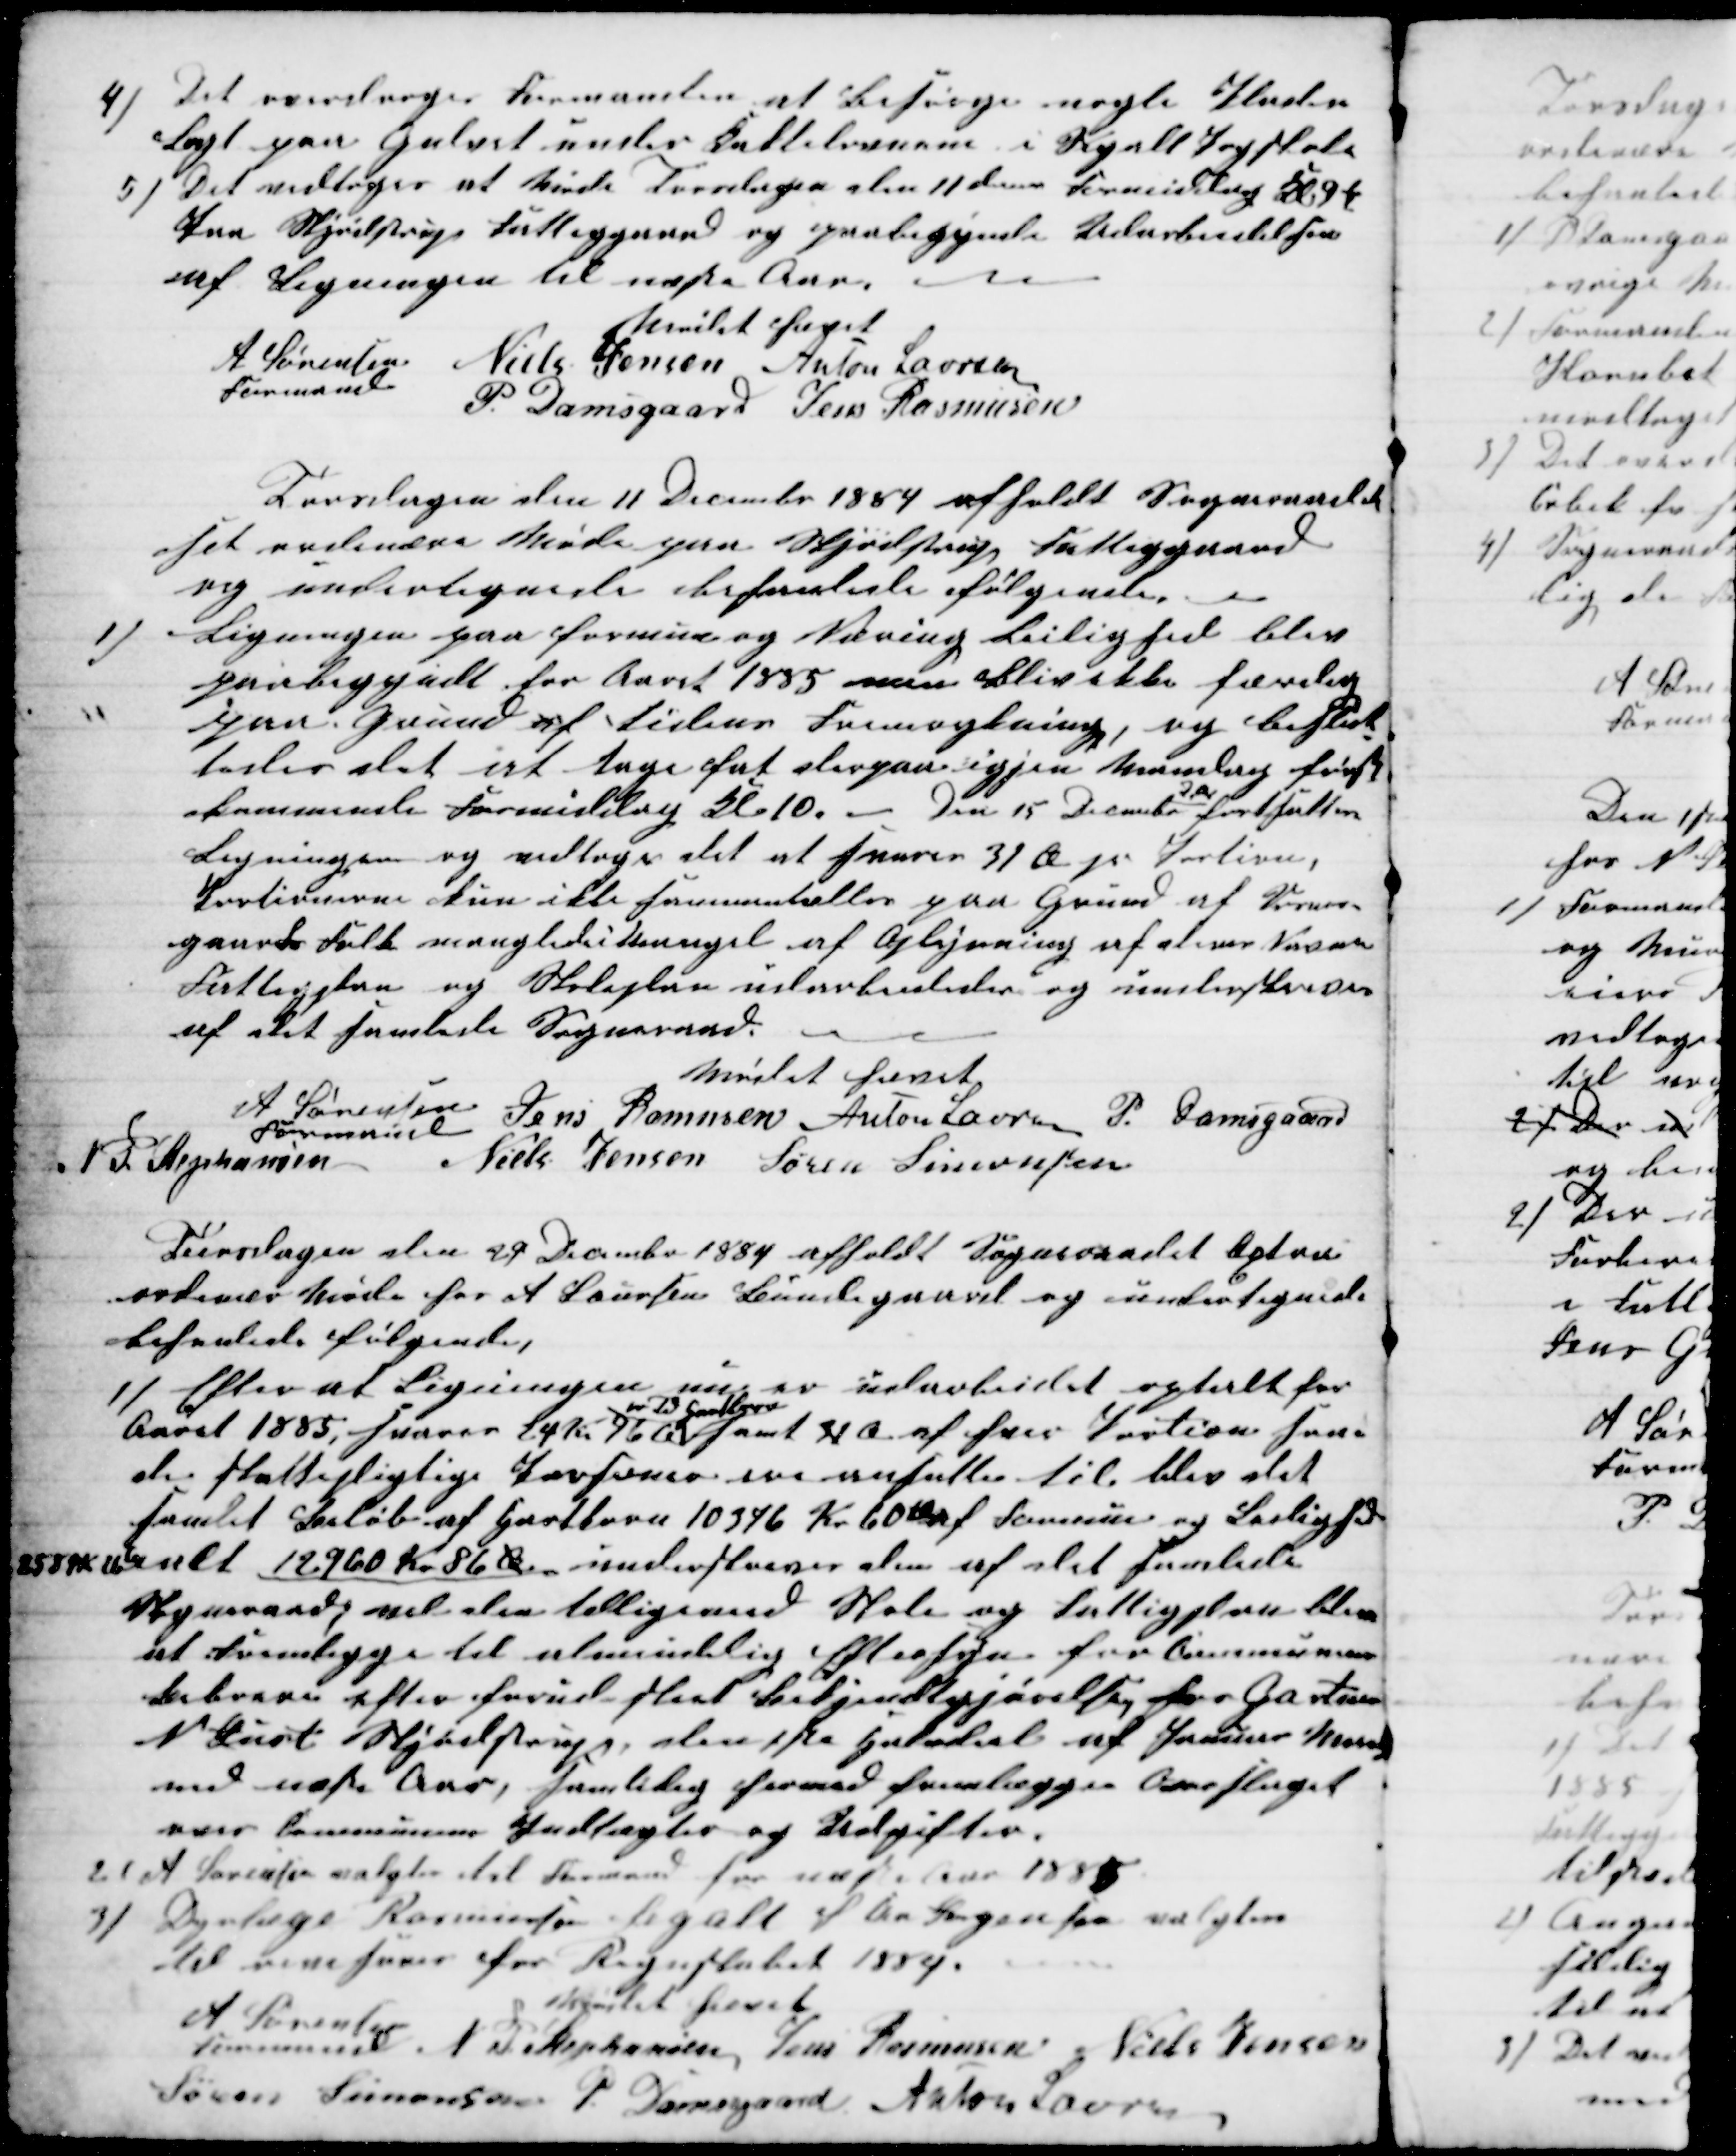
Transskription:
4) Det overdroges Formanden at Besørge nogle Plader
Lagt paa Gulvet under Kakkelovnen i Segalt Pogeskole
5) Det vedtoges at Møde Torsdagen den 11 dennes Formiddag Kl 9½
Paa Skjødstrup Fattiggaard og paabegynde Udarbeidelsen
af Ligningen til næste Aar. 
Mødet hævet
A Sørensen 
Formand
Niels Jensen Anton Laursen
P. Damsgaard Jens Rasmusen
Torsdagen den 11 December 1884 afholdt Sogneraadet
sit ordinære Møde paa Skjødstrup Fattiggaard
og undertegnede behanlede følgende.
1)
Ligningen paa formue og Næring Leilighed blev
paabegyndt for Aaret 1885 men blev ikke færdig
paa Grund af tidens Fremrykning, og beslut-
tedes det at tage fat derpaa igjen Mandag først-
kommende Formiddag Kl 10. - Den 15 December 
d.a
fortsættes
Ligningen og vedtoges det at svarer 31 Ø pr Portion.
Portionerne kun ikke sammentælles paa Grund af Vosnes-
gaards Folk manglede i Mangel af Oplysning af deres N 
Fattigplan og Skoleplan udarbeidedes og underskreves
af det samlede Sogneraad.
Mødet hævet
A Sørensen
Formand
Jens Rasmusen Anton Laursen P. Damsgaard
N. P. Stephansen
Niels Jensen Søren Simonsen
Tiirsdagen den 29 December 1884 afholdt Sogneraadet Æxtra
ordinær Møde hos A Laursen Bundegaard og undertegnede
behanlede følgende,
1) Efter af Ligningen nu er udarbeidet optalt for
Aaret 1885, Svares 24 Kr 76 Ø 
pr Td Hartkorn
samt 31 Ø af hver Portion som
de skattepligtige Portioner ere ansatte til blev det
samlet Beløb af Hartkorn 10346 Kr 60 Ø af Formue og Leilighed
2584K 26Ø ialt 12960 Kr 86 Øre underskreven af det samlede
Sogneraad, vil den tilligemed Skole og Fattigplan blive
at Fremligge til almindelig Eftersyn for Communens
Beboere efter forud sket Bekjendtgørelse hos Gartner
N Just Skjødstrup, den 1ste Halvdel af Januar Maa-
ned næste Aar, samtidig hermed fremlægges Overslaget
over Communens Indtægter og Udgifter.
2) A Sørensen valgtes til Formand for næste Aar 1885
3)
Dyrlæge Rasmussen Segalt S Chr Jørgensen valgtes
til revisorer for Regnskabet 1884.
Mødet hævet
A Sørensen
Formand
N. P. Stephansen Jens Rasmusen Niels Jensen
Søren Simonsen P. Damsgaard Anton Laursen